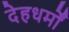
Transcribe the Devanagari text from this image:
देहधर्मों